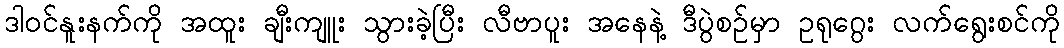
ဒါ၀င်နူးနက်ကို အထူး ချီးကျူး သွားခဲ့ပြီး လီဗာပူး အနေနဲ့ ဒီပွဲစဉ်မှာ ဥရုဂွေး လက်ရွေးစင်ကို